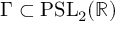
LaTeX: \Gamma \subset \mathrm { P S L } _ { 2 } ( \mathbb { R } )